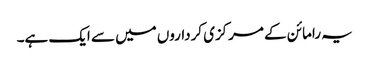
یہ رامائن کے مرکزی کرداروں میں سے ایک ہے۔